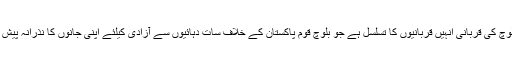
شہید منیر بلوچ کی قربانی انہیں قربانیوں کا تسلسل ہے جو بلوچ قوم پاکستان کے خلاف سات دہائیوں سے آزادی کیلئے اپنی جانوں کا نذرانہ پیش کر رہا ہے۔